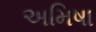
અમિષા